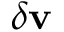
\delta \mathbf { v }